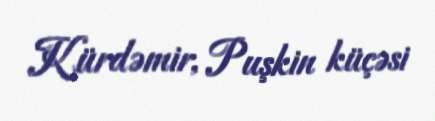
Kürdəmir, Puşkin küçəsi